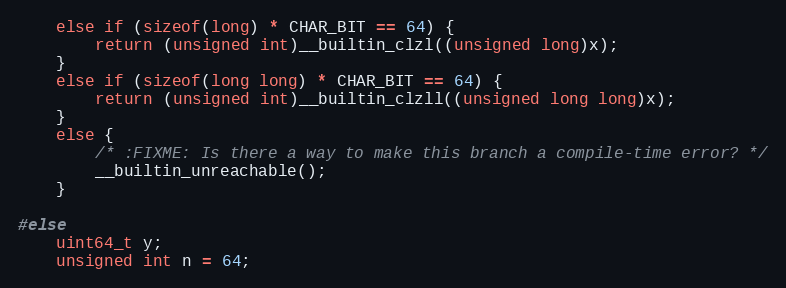
Language: C
    else if (sizeof(long) * CHAR_BIT == 64) {
        return (unsigned int)__builtin_clzl((unsigned long)x);
    }
    else if (sizeof(long long) * CHAR_BIT == 64) {
        return (unsigned int)__builtin_clzll((unsigned long long)x);
    }
    else {
        /* :FIXME: Is there a way to make this branch a compile-time error? */
        __builtin_unreachable();
    }

#else
    uint64_t y;
    unsigned int n = 64;